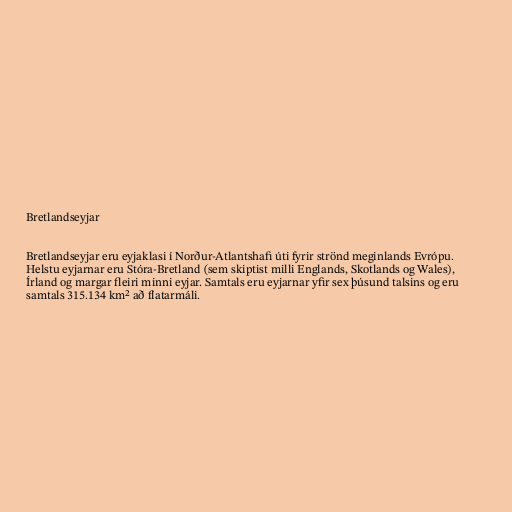
Bretlandseyjar

Bretlandseyjar eru eyjaklasi í Norður-Atlantshafi úti fyrir strönd meginlands Evrópu.
Helstu eyjarnar eru Stóra-Bretland (sem skiptist milli Englands, Skotlands og Wales),
Írland og margar fleiri minni eyjar. Samtals eru eyjarnar yfir sex þúsund talsins og eru
samtals 315.134 km² að flatarmáli.